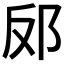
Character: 𮟬